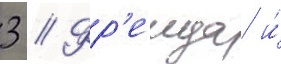
3 // Фр'еида и́